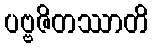
ပဗ္ဗဇိတဿာတိ